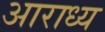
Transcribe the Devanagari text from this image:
अाराध्य